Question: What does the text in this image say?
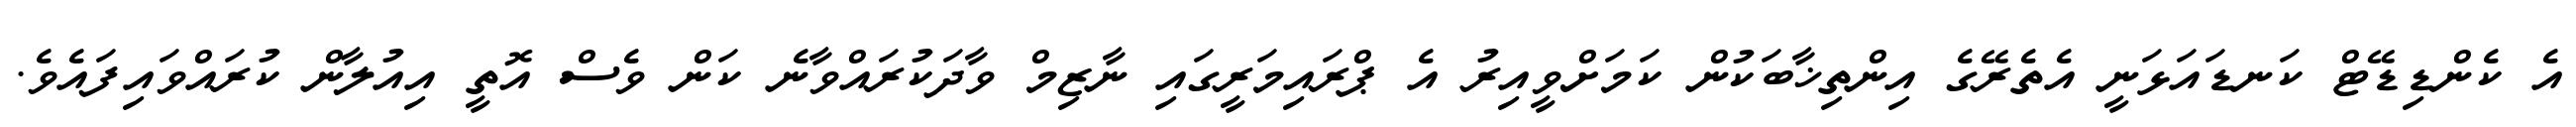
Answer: އެ ކެންޑިޑޭޓް ކަނޑައަޅަނީ އެތެރޭގެ އިންތިޚާބަކުން ކަމަށްވީއިރު އެ ޕްރައިމަރީގައި ނާޒިމް ވާދަކުރައްވާނެ ކަން ވެސް އޮތީ އިއުލާން ކުރައްވައިފައެވެ.